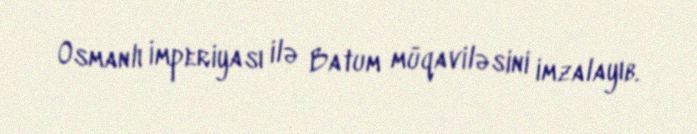
Osmanlı İmperiyası ilə Batum müqaviləsini imzalayıb.